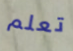
تعلم